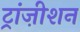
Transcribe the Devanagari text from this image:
ट्रांज़ीशन